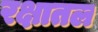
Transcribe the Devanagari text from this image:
रक्षातल